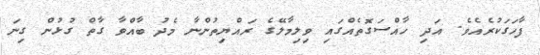
ފާހަގަކުރެއެވެ. އަދި ހާއްސަގޮތެއްގައި ވިލިމާލޭގެ ރައްޔިތުންނާ މެދު ބާއްވާ ގާތް ގުޅުން ގިނަ